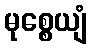
မုစ္စေယျံ